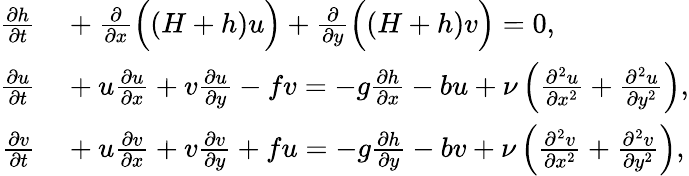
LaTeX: \begin{array}{rl}{{\frac{\partial h}{\partial t}}}&{{}+{\frac{\partial}{\partial x}}{\Bigl(}(H+h)u{\Bigr)}+{\frac{\partial}{\partial y}}{\Bigl(}(H+h)v{\Bigr)}=0,}\\ {{\frac{\partial u}{\partial t}}}&{{}+u{\frac{\partial u}{\partial x}}+v{\frac{\partial u}{\partial y}}-fv=-g{\frac{\partial h}{\partial x}}-bu+\nu\left({\frac{\partial^{2}u}{\partial x^{2}}}+{\frac{\partial^{2}u}{\partial y^{2}}}\right),}\\ {{\frac{\partial v}{\partial t}}}&{{}+u{\frac{\partial v}{\partial x}}+v{\frac{\partial v}{\partial y}}+fu=-g{\frac{\partial h}{\partial y}}-bv+\nu\left({\frac{\partial^{2}v}{\partial x^{2}}}+{\frac{\partial^{2}v}{\partial y^{2}}}\right),}\end{array}